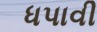
ધપાવી